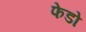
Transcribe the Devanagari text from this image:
फेडो